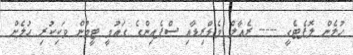
ހުލެން ލޮޕެޓެގީ ----- ރެއާލް މެޑްރިޑާއި ސްޕެއިންގެ ގައުމީ ޓީމުން ވަކިކުރި ހުލެން